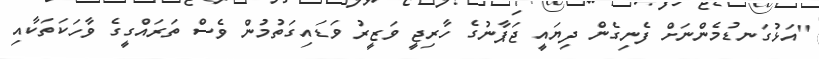
"އަޅުގަނޑުމެންނަށް ފެނިގެން ދިޔައީ ޖަޕާނުގެ ހާރިޖީ ވަޒީރު ވަޑައިގަތުމުން ވެސް ތަރައްގީގެ ވާހަކަތަކާއި